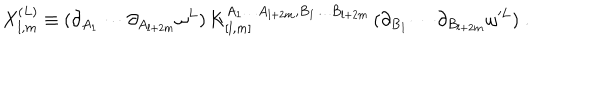
X _ { l , m } ^ { ( L ) } \equiv ( \partial _ { A _ { 1 } } \cdots \partial _ { A _ { l + 2 m } } \omega ^ { L } ) \, K _ { [ l , m ] } ^ { A _ { 1 } \dots A _ { l + 2 m } , B _ { 1 } \dots B _ { l + 2 m } } \, ( \partial _ { B _ { 1 } } \cdots \partial _ { B _ { l + 2 m } } \omega ^ { \prime L } ) \; .